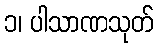
၁၊ ပါသာဏသုတ်